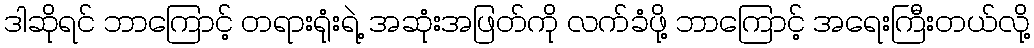
ဒါဆိုရင် ဘာကြောင့် တရားရုံးရဲ့ အဆုံးအဖြတ်ကို လက်ခံဖို့ ဘာကြောင့် အရေးကြီးတယ်လို့